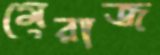
মেরাজ